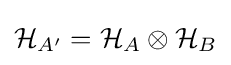
{\mathcal {H}}_{A'}={\mathcal {H}}_{A}\otimes {\mathcal {H}}_{B}